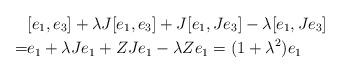
LaTeX: \begin{align*}& [e_1,e_3]+\lambda J[e_1,e_3]+J[e_1,Je_3]-\lambda[e_1,Je_3] \\=&e_1+\lambda Je_1+ZJe_1-\lambda Ze_1 = (1+\lambda^2)e_1\end{align*}